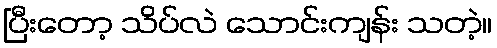
ပြီးတော့ သိပ်လဲ သောင်းကျန်း သတဲ့။